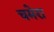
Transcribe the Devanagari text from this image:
चमेरा